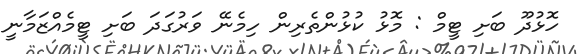
ހޮޅުދޫ ބަށި ޓީމް : މޮޅު ކުޅުންތެރިން ހިމެނޭ ވަރުގަދަ ބަށި ޓީމެއްޒަމާނީ